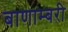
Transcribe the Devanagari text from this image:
बाणाम्बरी